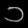
Digit: ၁